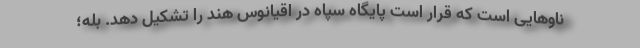
ناوهایی است که قرار است پایگاه سپاه در اقیانوس هند را تشکیل دهد. بله؛